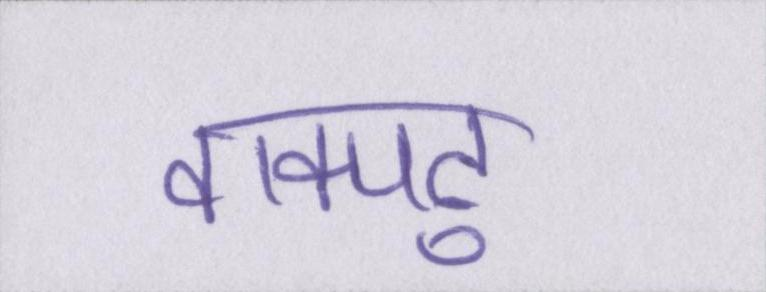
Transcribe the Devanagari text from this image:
वाक्पटु